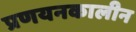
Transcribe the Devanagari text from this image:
प्रणयनकालीन